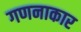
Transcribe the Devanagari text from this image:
गणनाकार